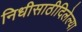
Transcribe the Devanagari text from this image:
निधीसाठीदिलेल्या